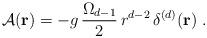
LaTeX: \begin{align*}{\mathcal A} ({\bf r})=- g \,\frac{ \Omega_{d-1}}{2}\,r^{d-2}\,\delta^{(d)} ({\bf r})\; .\end{align*}